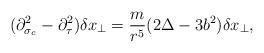
LaTeX: \begin{align*}(\partial^2_{\sigma_c}-\partial^2_\tau)\delta x_\perp=\frac{m}{r^5}(2\Delta-3b^2)\delta x_\perp,\end{align*}